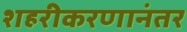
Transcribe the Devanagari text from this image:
शहरीकरणानंतर